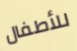
للأطفال